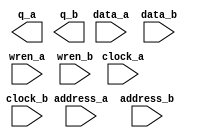
// megafunction wizard: %RAM: 2-PORT%VBB%
// GENERATION: STANDARD
// VERSION: WM1.0
// MODULE: altsyncram 

// ============================================================
// Megafunction Name(s):
// 			altsyncram
//
// Simulation Library Files(s):
// 			altera_mf
// ============================================================
// ************************************************************
// THIS IS A WIZARD-GENERATED FILE. DO NOT EDIT THIS FILE!
//
// 18.1.0 Build 625 09/12/2018 SJ Lite Edition
// ************************************************************

//Copyright (C) 2018  Intel Corporation. All rights reserved.
//Your use of Intel Corporation's design tools, logic functions 
//and other software and tools, and its AMPP partner logic 
//functions, and any output files from any of the foregoing 
//(including device programming or simulation files), and any 
//associated documentation or information are expressly subject 
//to the terms and conditions of the Intel Program License 
//Subscription Agreement, the Intel Quartus Prime License Agreement,
//the Intel FPGA IP License Agreement, or other applicable license
//agreement, including, without limitation, that your use is for
//the sole purpose of programming logic devices manufactured by
//Intel and sold by Intel or its authorized distributors.  Please
//refer to the applicable agreement for further details.

module memery (
	address_a,
	address_b,
	clock_a,
	clock_b,
	data_a,
	data_b,
	wren_a,
	wren_b,
	q_a,
	q_b);

	input	[13:0]  address_a;
	input	[13:0]  address_b;
	input	  clock_a;
	input	  clock_b;
	input	[31:0]  data_a;
	input	[31:0]  data_b;
	input	  wren_a;
	input	  wren_b;
	output	[31:0]  q_a;
	output	[31:0]  q_b;
`ifndef ALTERA_RESERVED_QIS
// synopsys translate_off
`endif
	tri1	  clock_a;
	tri0	  wren_a;
	tri0	  wren_b;
`ifndef ALTERA_RESERVED_QIS
// synopsys translate_on
`endif

endmodule

// ============================================================
// CNX file retrieval info
// ============================================================
// Retrieval info: PRIVATE: ADDRESSSTALL_A NUMERIC "0"
// Retrieval info: PRIVATE: ADDRESSSTALL_B NUMERIC "0"
// Retrieval info: PRIVATE: BYTEENA_ACLR_A NUMERIC "0"
// Retrieval info: PRIVATE: BYTEENA_ACLR_B NUMERIC "0"
// Retrieval info: PRIVATE: BYTE_ENABLE_A NUMERIC "0"
// Retrieval info: PRIVATE: BYTE_ENABLE_B NUMERIC "0"
// Retrieval info: PRIVATE: BYTE_SIZE NUMERIC "8"
// Retrieval info: PRIVATE: BlankMemory NUMERIC "1"
// Retrieval info: PRIVATE: CLOCK_ENABLE_INPUT_A NUMERIC "0"
// Retrieval info: PRIVATE: CLOCK_ENABLE_INPUT_B NUMERIC "0"
// Retrieval info: PRIVATE: CLOCK_ENABLE_OUTPUT_A NUMERIC "0"
// Retrieval info: PRIVATE: CLOCK_ENABLE_OUTPUT_B NUMERIC "0"
// Retrieval info: PRIVATE: CLRdata NUMERIC "0"
// Retrieval info: PRIVATE: CLRq NUMERIC "0"
// Retrieval info: PRIVATE: CLRrdaddress NUMERIC "0"
// Retrieval info: PRIVATE: CLRrren NUMERIC "0"
// Retrieval info: PRIVATE: CLRwraddress NUMERIC "0"
// Retrieval info: PRIVATE: CLRwren NUMERIC "0"
// Retrieval info: PRIVATE: Clock NUMERIC "5"
// Retrieval info: PRIVATE: Clock_A NUMERIC "0"
// Retrieval info: PRIVATE: Clock_B NUMERIC "0"
// Retrieval info: PRIVATE: IMPLEMENT_IN_LES NUMERIC "0"
// Retrieval info: PRIVATE: INDATA_ACLR_B NUMERIC "0"
// Retrieval info: PRIVATE: INDATA_REG_B NUMERIC "1"
// Retrieval info: PRIVATE: INIT_FILE_LAYOUT STRING "PORT_A"
// Retrieval info: PRIVATE: INIT_TO_SIM_X NUMERIC "0"
// Retrieval info: PRIVATE: INTENDED_DEVICE_FAMILY STRING "Cyclone V"
// Retrieval info: PRIVATE: JTAG_ENABLED NUMERIC "0"
// Retrieval info: PRIVATE: JTAG_ID STRING "NONE"
// Retrieval info: PRIVATE: MAXIMUM_DEPTH NUMERIC "0"
// Retrieval info: PRIVATE: MEMSIZE NUMERIC "524288"
// Retrieval info: PRIVATE: MEM_IN_BITS NUMERIC "0"
// Retrieval info: PRIVATE: MIFfilename STRING ""
// Retrieval info: PRIVATE: OPERATION_MODE NUMERIC "3"
// Retrieval info: PRIVATE: OUTDATA_ACLR_B NUMERIC "0"
// Retrieval info: PRIVATE: OUTDATA_REG_B NUMERIC "0"
// Retrieval info: PRIVATE: RAM_BLOCK_TYPE NUMERIC "0"
// Retrieval info: PRIVATE: READ_DURING_WRITE_MODE_MIXED_PORTS NUMERIC "2"
// Retrieval info: PRIVATE: READ_DURING_WRITE_MODE_PORT_A NUMERIC "3"
// Retrieval info: PRIVATE: READ_DURING_WRITE_MODE_PORT_B NUMERIC "3"
// Retrieval info: PRIVATE: REGdata NUMERIC "1"
// Retrieval info: PRIVATE: REGq NUMERIC "0"
// Retrieval info: PRIVATE: REGrdaddress NUMERIC "0"
// Retrieval info: PRIVATE: REGrren NUMERIC "0"
// Retrieval info: PRIVATE: REGwraddress NUMERIC "1"
// Retrieval info: PRIVATE: REGwren NUMERIC "1"
// Retrieval info: PRIVATE: SYNTH_WRAPPER_GEN_POSTFIX STRING "0"
// Retrieval info: PRIVATE: USE_DIFF_CLKEN NUMERIC "0"
// Retrieval info: PRIVATE: UseDPRAM NUMERIC "1"
// Retrieval info: PRIVATE: VarWidth NUMERIC "0"
// Retrieval info: PRIVATE: WIDTH_READ_A NUMERIC "32"
// Retrieval info: PRIVATE: WIDTH_READ_B NUMERIC "32"
// Retrieval info: PRIVATE: WIDTH_WRITE_A NUMERIC "32"
// Retrieval info: PRIVATE: WIDTH_WRITE_B NUMERIC "32"
// Retrieval info: PRIVATE: WRADDR_ACLR_B NUMERIC "0"
// Retrieval info: PRIVATE: WRADDR_REG_B NUMERIC "1"
// Retrieval info: PRIVATE: WRCTRL_ACLR_B NUMERIC "0"
// Retrieval info: PRIVATE: enable NUMERIC "0"
// Retrieval info: PRIVATE: rden NUMERIC "0"
// Retrieval info: LIBRARY: altera_mf altera_mf.altera_mf_components.all
// Retrieval info: CONSTANT: ADDRESS_REG_B STRING "CLOCK1"
// Retrieval info: CONSTANT: CLOCK_ENABLE_INPUT_A STRING "BYPASS"
// Retrieval info: CONSTANT: CLOCK_ENABLE_INPUT_B STRING "BYPASS"
// Retrieval info: CONSTANT: CLOCK_ENABLE_OUTPUT_A STRING "BYPASS"
// Retrieval info: CONSTANT: CLOCK_ENABLE_OUTPUT_B STRING "BYPASS"
// Retrieval info: CONSTANT: INDATA_REG_B STRING "CLOCK1"
// Retrieval info: CONSTANT: INTENDED_DEVICE_FAMILY STRING "Cyclone V"
// Retrieval info: CONSTANT: LPM_TYPE STRING "altsyncram"
// Retrieval info: CONSTANT: NUMWORDS_A NUMERIC "16384"
// Retrieval info: CONSTANT: NUMWORDS_B NUMERIC "16384"
// Retrieval info: CONSTANT: OPERATION_MODE STRING "BIDIR_DUAL_PORT"
// Retrieval info: CONSTANT: OUTDATA_ACLR_A STRING "NONE"
// Retrieval info: CONSTANT: OUTDATA_ACLR_B STRING "NONE"
// Retrieval info: CONSTANT: OUTDATA_REG_A STRING "UNREGISTERED"
// Retrieval info: CONSTANT: OUTDATA_REG_B STRING "UNREGISTERED"
// Retrieval info: CONSTANT: POWER_UP_UNINITIALIZED STRING "FALSE"
// Retrieval info: CONSTANT: READ_DURING_WRITE_MODE_PORT_A STRING "NEW_DATA_NO_NBE_READ"
// Retrieval info: CONSTANT: READ_DURING_WRITE_MODE_PORT_B STRING "NEW_DATA_NO_NBE_READ"
// Retrieval info: CONSTANT: WIDTHAD_A NUMERIC "14"
// Retrieval info: CONSTANT: WIDTHAD_B NUMERIC "14"
// Retrieval info: CONSTANT: WIDTH_A NUMERIC "32"
// Retrieval info: CONSTANT: WIDTH_B NUMERIC "32"
// Retrieval info: CONSTANT: WIDTH_BYTEENA_A NUMERIC "1"
// Retrieval info: CONSTANT: WIDTH_BYTEENA_B NUMERIC "1"
// Retrieval info: CONSTANT: WRCONTROL_WRADDRESS_REG_B STRING "CLOCK1"
// Retrieval info: USED_PORT: address_a 0 0 14 0 INPUT NODEFVAL "address_a[13..0]"
// Retrieval info: USED_PORT: address_b 0 0 14 0 INPUT NODEFVAL "address_b[13..0]"
// Retrieval info: USED_PORT: clock_a 0 0 0 0 INPUT VCC "clock_a"
// Retrieval info: USED_PORT: clock_b 0 0 0 0 INPUT NODEFVAL "clock_b"
// Retrieval info: USED_PORT: data_a 0 0 32 0 INPUT NODEFVAL "data_a[31..0]"
// Retrieval info: USED_PORT: data_b 0 0 32 0 INPUT NODEFVAL "data_b[31..0]"
// Retrieval info: USED_PORT: q_a 0 0 32 0 OUTPUT NODEFVAL "q_a[31..0]"
// Retrieval info: USED_PORT: q_b 0 0 32 0 OUTPUT NODEFVAL "q_b[31..0]"
// Retrieval info: USED_PORT: wren_a 0 0 0 0 INPUT GND "wren_a"
// Retrieval info: USED_PORT: wren_b 0 0 0 0 INPUT GND "wren_b"
// Retrieval info: CONNECT: @address_a 0 0 14 0 address_a 0 0 14 0
// Retrieval info: CONNECT: @address_b 0 0 14 0 address_b 0 0 14 0
// Retrieval info: CONNECT: @clock0 0 0 0 0 clock_a 0 0 0 0
// Retrieval info: CONNECT: @clock1 0 0 0 0 clock_b 0 0 0 0
// Retrieval info: CONNECT: @data_a 0 0 32 0 data_a 0 0 32 0
// Retrieval info: CONNECT: @data_b 0 0 32 0 data_b 0 0 32 0
// Retrieval info: CONNECT: @wren_a 0 0 0 0 wren_a 0 0 0 0
// Retrieval info: CONNECT: @wren_b 0 0 0 0 wren_b 0 0 0 0
// Retrieval info: CONNECT: q_a 0 0 32 0 @q_a 0 0 32 0
// Retrieval info: CONNECT: q_b 0 0 32 0 @q_b 0 0 32 0
// Retrieval info: GEN_FILE: TYPE_NORMAL memery.v TRUE
// Retrieval info: GEN_FILE: TYPE_NORMAL memery.inc FALSE
// Retrieval info: GEN_FILE: TYPE_NORMAL memery.cmp FALSE
// Retrieval info: GEN_FILE: TYPE_NORMAL memery.bsf FALSE
// Retrieval info: GEN_FILE: TYPE_NORMAL memery_inst.v FALSE
// Retrieval info: GEN_FILE: TYPE_NORMAL memery_bb.v TRUE
// Retrieval info: LIB_FILE: altera_mf